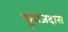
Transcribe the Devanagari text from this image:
सुराजदास